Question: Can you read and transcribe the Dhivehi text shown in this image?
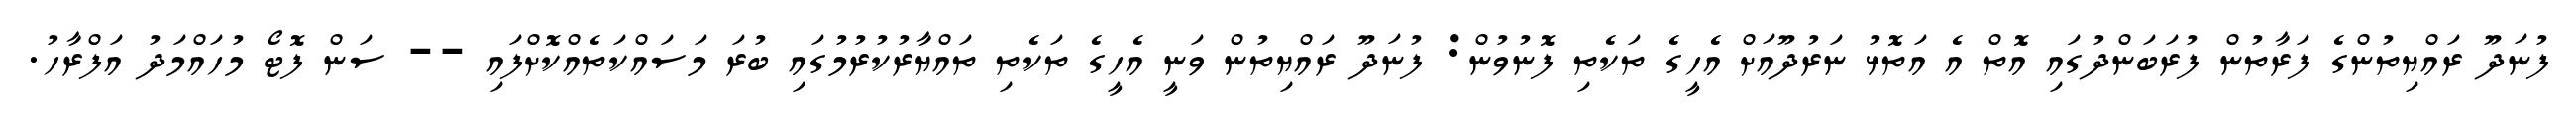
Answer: ފުނަދޫ ރައްޔިތުންގެ ފަރާތުން ފުރަބަންދުގައި އޮތް އެ އަތޮޅު ނަރުދޫއަށް އެހީގެ ތަކެތި ފޮނުވުން: ފުނަދޫ ރައްޔިތުން ވަނީ އެހީގެ ތަކެތި ތައްޔާރުކުރުމުގައި ބުރަ މަސައްކަތެއްކޮށްފައި -- ސަން ފޮޓޯ މުހައްމަދު އަފްރާހު.